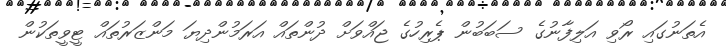
އެތަނުގައި ރޯވި އަލިފާނުގެ ސަބަބުން ޕެރިހުގެ ޖައްވަށް ދުންތައް އަރަމުންދިޔަ މަންޒަރުތައް ޓީވީތަކުން